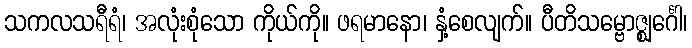
သကလသရီရံ၊ အလုံးစုံသော ကိုယ်ကို။ ဖရမာနော၊ နှံ့စေလျက်။ ပီတိသမ္ဗောဇ္ဈင်္ဂေါ၊